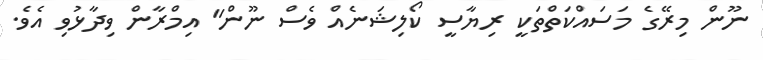
ނޫން މިރޭގެ މަސައްކަތްތަކީ ރިޔާސީ ކޯލިޝަނެއް ވެސް ނޫން" އިމްރާން ވިދާޅުވި އެވެ.